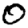
Digit: 0